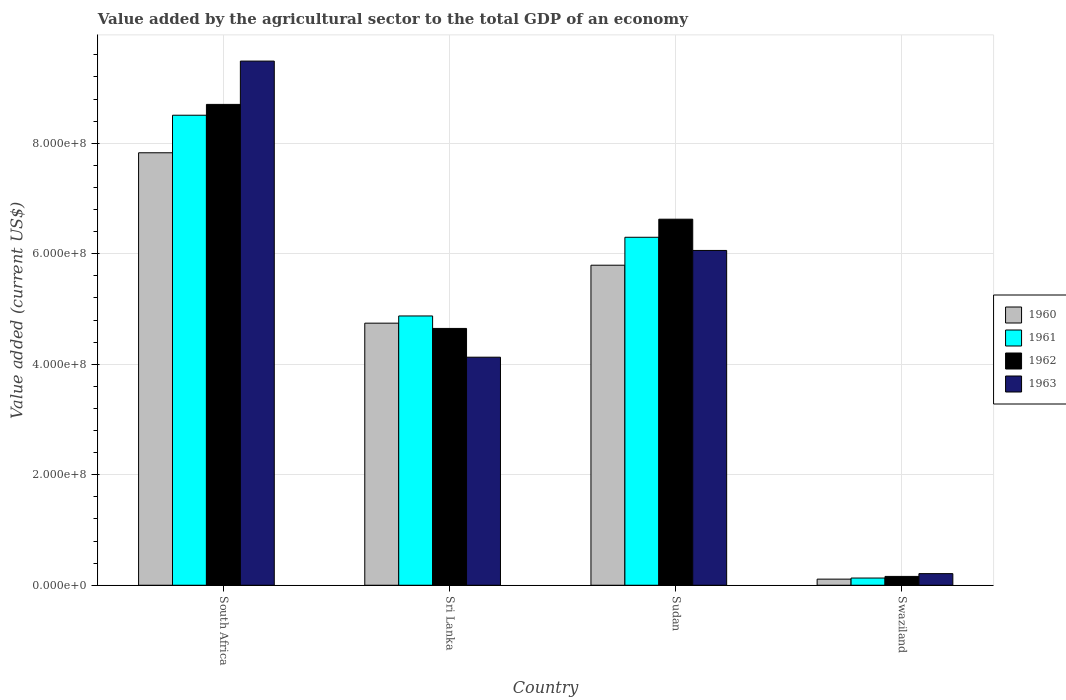
| Country | 1960 | 1961 | 1962 | 1963 |
 | --- | --- | --- | --- | --- |
 | South Africa | 7.83e+08 | 8.51e+08 | 8.7e+08 | 9.49e+08 |
 | Sri Lanka | 4.74e+08 | 4.87e+08 | 4.65e+08 | 4.13e+08 |
 | Sudan | 5.79e+08 | 6.3e+08 | 6.63e+08 | 6.06e+08 |
 | Swaziland | 1.11e+07 | 1.3e+07 | 1.6e+07 | 2.1e+07 |